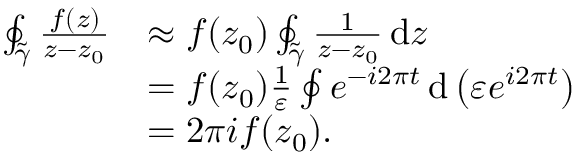
\begin{array} { r l } { \oint _ { \tilde { \gamma } } \frac { f ( z ) } { z - z _ { 0 } } } & { \approx f ( z _ { 0 } ) \oint _ { \tilde { \gamma } } \frac { 1 } { z - z _ { 0 } } \, \mathrm { d } z } \\ & { = f ( z _ { 0 } ) \frac { 1 } { \varepsilon } \oint e ^ { - i 2 \pi t } \, \mathrm { d } \left( \varepsilon e ^ { i 2 \pi t } \right) } \\ & { = 2 \pi i f ( z _ { 0 } ) . } \end{array}